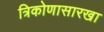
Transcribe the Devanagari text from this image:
त्रिकोणासारखा